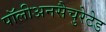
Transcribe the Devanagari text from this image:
पॉलीअनसैचुरेटेड